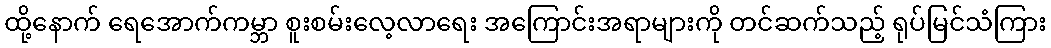
ထို့နောက် ရေအောက်ကမ္ဘာ စူးစမ်းလေ့လာရေး အကြောင်းအရာများကို တင်ဆက်သည့် ရုပ်မြင်သံကြား